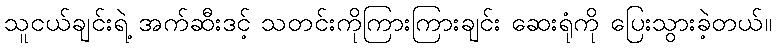
သူငယ်ချင်းရဲ့ အက်ဆီးဒင့် သတင်းကိုကြားကြားချင်း ဆေးရုံကို ပြေးသွားခဲ့တယ်။